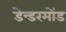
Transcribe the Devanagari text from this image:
डेन्डरमोंड